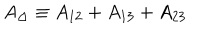
A _ { \Delta } \equiv A _ { 1 2 } + A _ { 1 3 } + A _ { 2 3 }